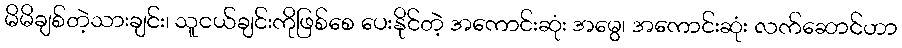
မိမိချစ်တဲ့သားချင်း၊ သူငယ်ချင်းကိုဖြစ်စေ ပေးနိုင်တဲ့ အကောင်းဆုံး အမွေ၊ အကောင်းဆုံး လက်ဆောင်ဟာ